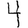
Digit: 4